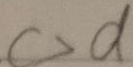
c > d